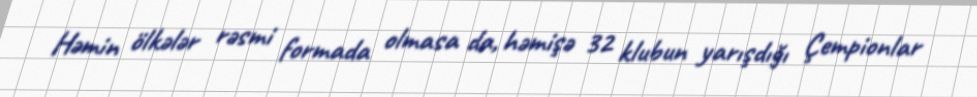
Həmin ölkələr rəsmi formada olmasa da, həmişə 32 klubun yarışdığı Çempionlar